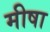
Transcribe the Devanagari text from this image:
मीषा